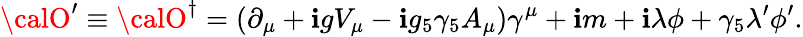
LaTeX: {\calO}^{\prime}\equiv{\calO}^{\dagger}=(\partial_{\mu}+\mathbf{i}gV_{\mu}-\mathbf{i}g_{5}\gamma_{5}A_{\mu})\gamma^{\mu}+\mathbf{i}m+\mathbf{i}\lambda\phi+\gamma_{5}\lambda^{\prime}\phi^{\prime}.